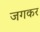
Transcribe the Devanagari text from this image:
जगकर